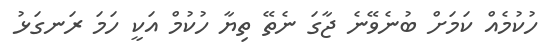
ހުކުމެއް ކަމަށް ބުނެވޭނެ ޖާގަ ނެތޭ ތިޔާ ހުކުމް އަކީ ހަމަ ރަނގަޅު